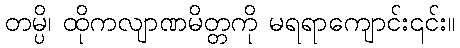
တမ္ပိ၊ ထိုကလျာဏမိတ္တကို မရရာကျောင်း၎င်း။